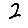
Digit: 2